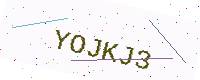
Text: YOJKJ3